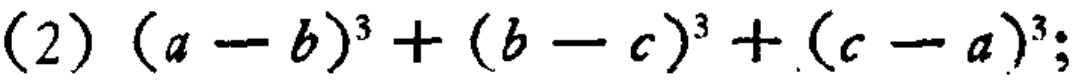
(2) \((a - b)^{3}+(b - c)^{3}+(c - a)^{3};\)